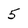
Character: 5